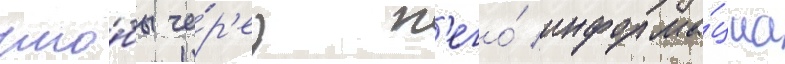
что́бы че́р'ез н'его́ информа́циа